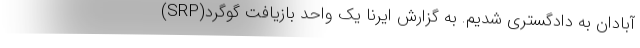
آبادان به دادگستری شدیم. به گزارش ایرنا یک واحد بازیافت گوگرد(SRP)